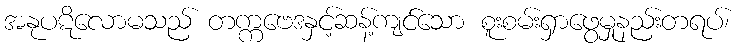
အနုပဋိလောမသည် တက္ကဗေဒနှင့်ဆန့်ကျင်သော စူးစမ်းရှာဖွေမှုနည်းတရပ်၊